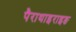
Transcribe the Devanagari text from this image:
पैराथाइराइङ